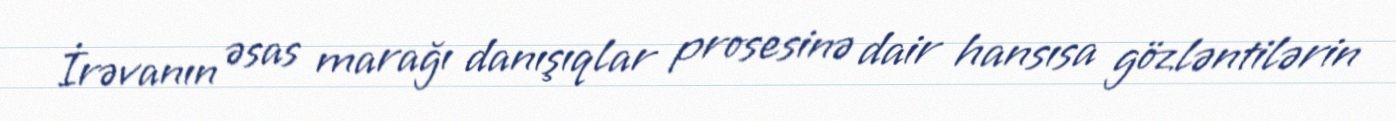
İrəvanın əsas marağı danışıqlar prosesinə dair hansısa gözləntilərin